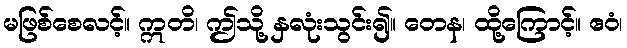
မဖြစ်စေလင့်။ ဣတိ၊ ဤသို့ နှလုံးသွင်း၍။ တေန၊ ထို့ကြောင့်။ ဧဝံ၊